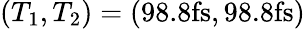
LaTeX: (T_{1},T_{2})=(98.8\mathrm{fs},98.8\mathrm{fs})